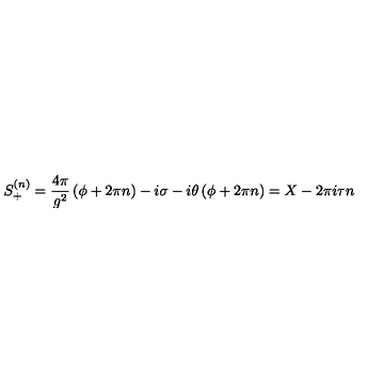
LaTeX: S _ { + } ^ { ( n ) } = \frac { 4 \pi } { g ^ { 2 } } \left( \phi + 2 \pi n \right) - i \sigma - i \theta \left( \phi + 2 \pi n \right) = X - 2 \pi i \tau n